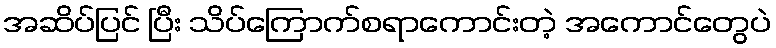
အဆိပ်ပြင် ပြီး သိပ်ကြောက်စရာကောင်းတဲ့ အကောင်တွေပဲ